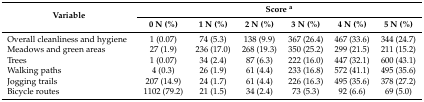
<table><thead><tr><td rowspan="2"><b>Variable</b></td><td colspan="6"><b>Score <sup>a</sup></b></td></tr><tr><td><b>0 N (%)</b></td><td><b>1 N (%)</b></td><td><b>2 N (%)</b></td><td><b>3 N (%)</b></td><td><b>4 N (%)</b></td><td><b>5 N (%)</b></td></tr></thead><tbody><tr><td>Overall cleanliness and hygiene</td><td>1 (0.07)</td><td>74 (5.3)</td><td>138 (9.9)</td><td>367 (26.4)</td><td>467 (33.6)</td><td>344 (24.7)</td></tr><tr><td>Meadows and green areas</td><td>27 (1.9)</td><td>236 (17.0)</td><td>268 (19.3)</td><td>350 (25.2)</td><td>299 (21.5)</td><td>211 (15.2)</td></tr><tr><td>Trees</td><td>1 (0.07)</td><td>34 (2.4)</td><td>87 (6.3)</td><td>222 (16.0)</td><td>447 (32.1)</td><td>600 (43.1)</td></tr><tr><td>Walking paths</td><td>4 (0.3)</td><td>26 (1.9)</td><td>61 (4.4)</td><td>233 (16.8)</td><td>572 (41.1)</td><td>495 (35.6)</td></tr><tr><td>Jogging trails</td><td>207 (14.9)</td><td>24 (1.7)</td><td>61 (4.4)</td><td>226 (16.3)</td><td>495 (35.6)</td><td>378 (27.2)</td></tr><tr><td>Bicycle routes</td><td>1102 (79.2)</td><td>21 (1.5)</td><td>34 (2.4)</td><td>73 (5.3)</td><td>92 (6.6)</td><td>69 (5.0)</td></tr></tbody></table>